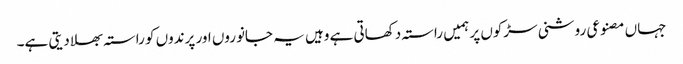
جہاں مصنوعی روشنی سڑکوں پر ہمیں راستہ دکھاتی ہے وہیں یہ جانوروں اور پرندوں کو راستہ بھلا دیتی ہے۔